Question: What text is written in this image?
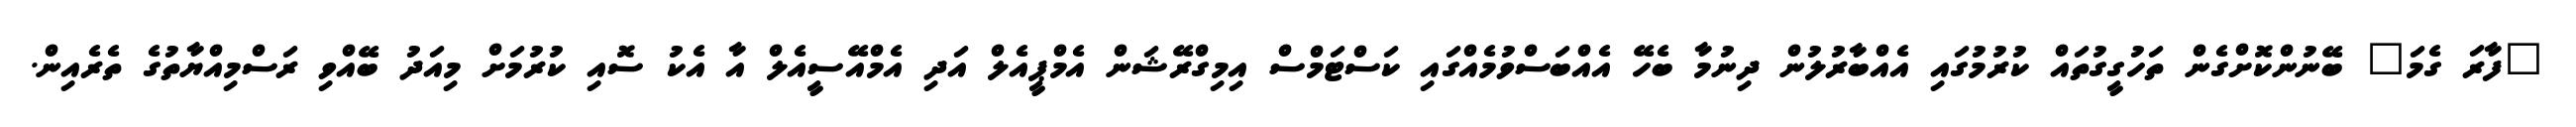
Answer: "ފާރަ ގެމަ" ބޭނުންކޮށްގެން ތަހުގީގުތައް ކުރުމުގައި އެއްބާރުލުން ދިނުމާ ބެހޭ އެއްބަސްވުމެއްގައި ކަސްޓަމްސް އިމިގްރޭޝަން އެމްޕީއެލް އަދި އެމްއޭސީއެލް އާ އެކު ސޮއި ކުރުމަށް މިއަދު ބޭއްވި ރަސްމިއްޔާތުގެ ތެރެއިން.